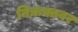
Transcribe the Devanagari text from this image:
निऋक्तवर